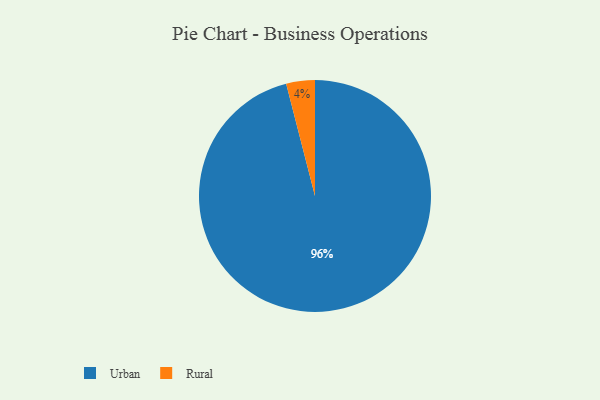
{"axis": {"x": "Category", "y": "Percentage"}, "legend": ["Rural", "Urban"], "data": [{"x": "Urban", "y": 96, "type": "Urban"}, {"x": "Rural", "y": 4, "type": "Rural"}]}